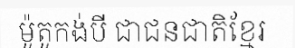
ម៉ូតូកង់បី ជាជនជាតិខ្មែរ